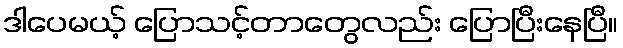
ဒါပေမယ့် ပြောသင့်တာတွေလည်း ပြောပြီးနေပြီ။